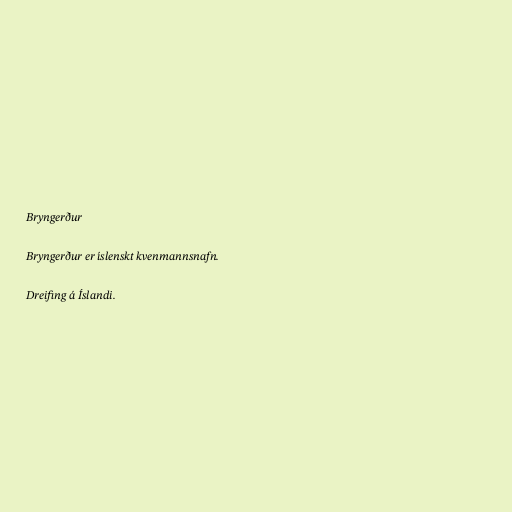
Bryngerður

Bryngerður er íslenskt kvenmannsnafn.

Dreifing á Íslandi.